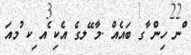
ްނ ހިން ާގ ބައެއް .މާ ޭލގެ އެކި ެއ ިކ ުމއަ